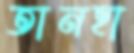
তানহা